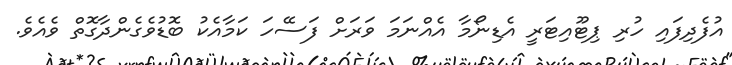
އުފެދިފައި ހުރި ޕިޓޫއިޓަރީ އެޑިނޯމާ އެއްނަމަ ވަރަށް ފަސޭހަ ކަމާއެކު ބޮޑުވެގެންދާގޮތް ވެއެވެ.